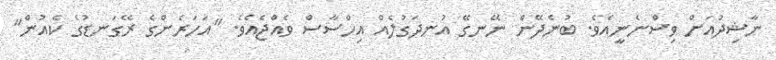
ނާޝިދުއަށް ވިސްނެނީއެވެ. ބުނެދޭން ނޭނގޭ އުނދަގުލެއް އިހްސާސް ވެއްޖެއެވެ. "އަހަރެންގެ ރޭގަނޑުގެ ކެއުން"